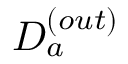
D _ { a } ^ { ( o u t ) }